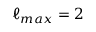
\ell _ { m a x } = 2